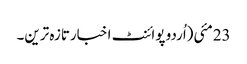
23مئی(اُردو پوائنٹ اخبارتازہ ترین۔